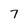
Character: 7